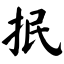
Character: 抿